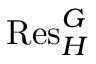
{ \mathrm { R e s } } _ { H } ^ { G }